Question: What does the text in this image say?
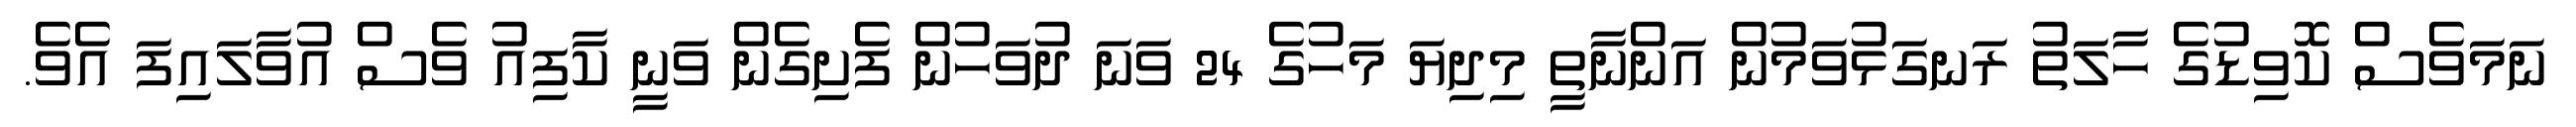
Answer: ނަމަވެސް ކޮވިޑުގެ ހާލަތު ރަނގަޅުވަމުން އަންނާތީ މިދިޔަ މަހުގެ 24 ވަނަ ދުވަހުން ފެށިގެން ވަނީ ކާފިއު ވެސް އުވާލައިފަ އެވެ.